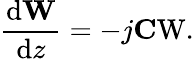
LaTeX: \frac{\mathrm{d}\mathrm{\mathbf W}}{\mathrm{d}z}=-j\mathrm{\mathbf CW.}